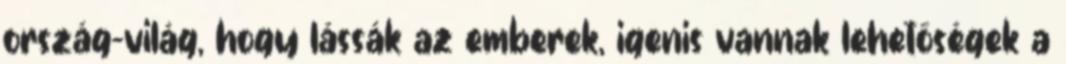
ország-világ, hogy lássák az emberek, igenis vannak lehetőségek a